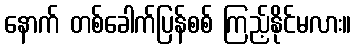
နောက် တစ်ခေါက်ပြန်စစ် ကြည့်နိုင်မလား။